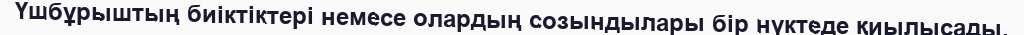
Үшбұрыштың биіктіктері немесе олардың созындылары бір нүктеде қиылысады.